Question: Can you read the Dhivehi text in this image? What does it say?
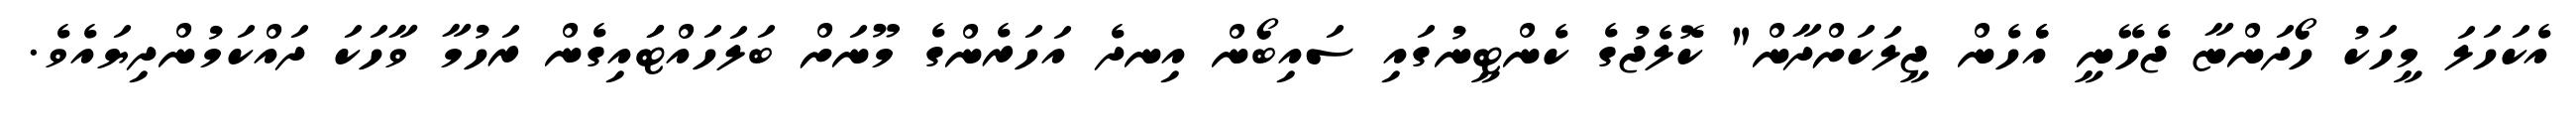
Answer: އެކަހަލަ މީހަކު ހޯދަންޏާ ޖެހޭނީ އެެހެން ޖީލަކަށްދާން" ކޮލެޖުގެ ކެންޓީނުގައި ސައިބޯން އިނދެ އަހަރެންގެ މޫނަށް ބަލަހައްޓަައިގެން ރަހުމާ ވާހަކަ ދައްކަމުންދިޔައެވެ.